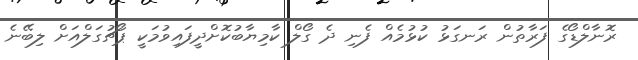
ރޮނާލްޑޯގެ ފަރާތުން ރަނގަޅު ކުޅުމެއް ފެނި ދެ ގޯލް ކާމިޔާބުކޮށްދީފައިވުމަކީ ޕޯޗުގަލްއަށް ލިބޭނެ